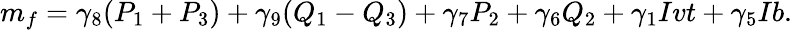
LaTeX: m_{f}=\gamma_{8}(P_{1}+P_{3})+\gamma_{9}(Q_{1}-Q_{3})+\gamma_{7}P_{2}+\gamma_{6}Q_{2}+\gamma_{1}Ivt+\gamma_{5}Ib.